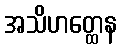
အသိဟတ္ထေန